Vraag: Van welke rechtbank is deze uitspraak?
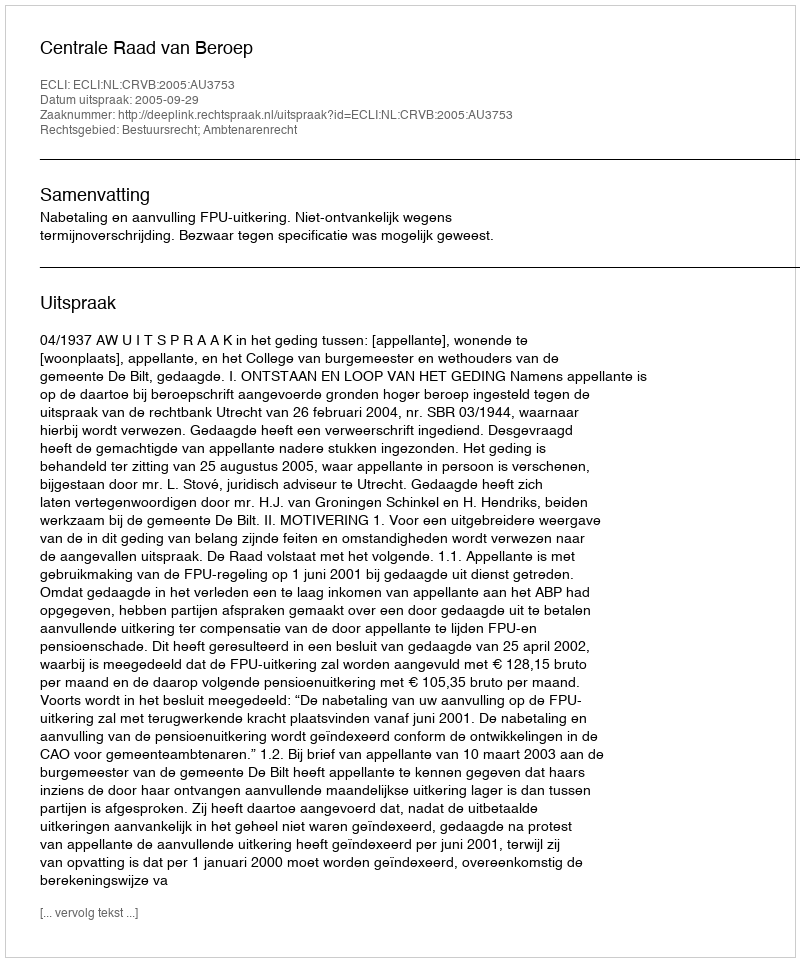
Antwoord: Centrale Raad van Beroep